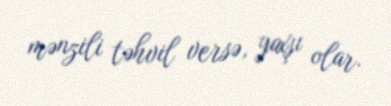
mənzili təhvil versə, yaxşı olar.